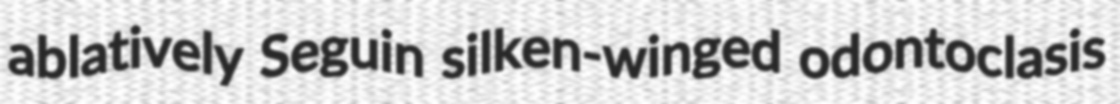
ablatively Seguin silken-winged odontoclasis